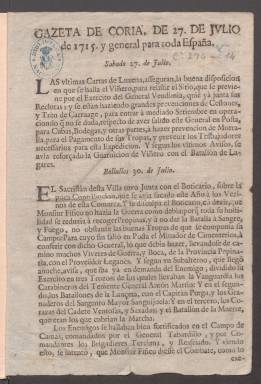
Título: Gazeta de Coria, ... y general para toda España
Otros títulos: Gaceta de Coria, ... y general para toda España
Colección: Gacetas
Ámbito geográfico: Madrid
Lugar de publicación: Madrid
Fechas: 27/07/1715-27/07/1715